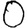
Digit: 0